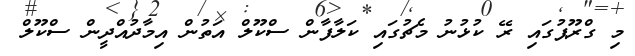
މި ގްރޫޕުގައި ރޭ ކުޅުނު މެޗުގައި ކަލާފާން ސްކޫލް އަތުން އިމާދުއްދީން ސްކޫލް